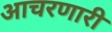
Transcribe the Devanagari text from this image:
आचरणारी